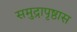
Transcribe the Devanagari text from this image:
समुद्रापृष्ठास